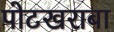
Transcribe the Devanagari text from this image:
पोटखराबा